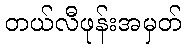
တယ်လီဖုန်းအမှတ်